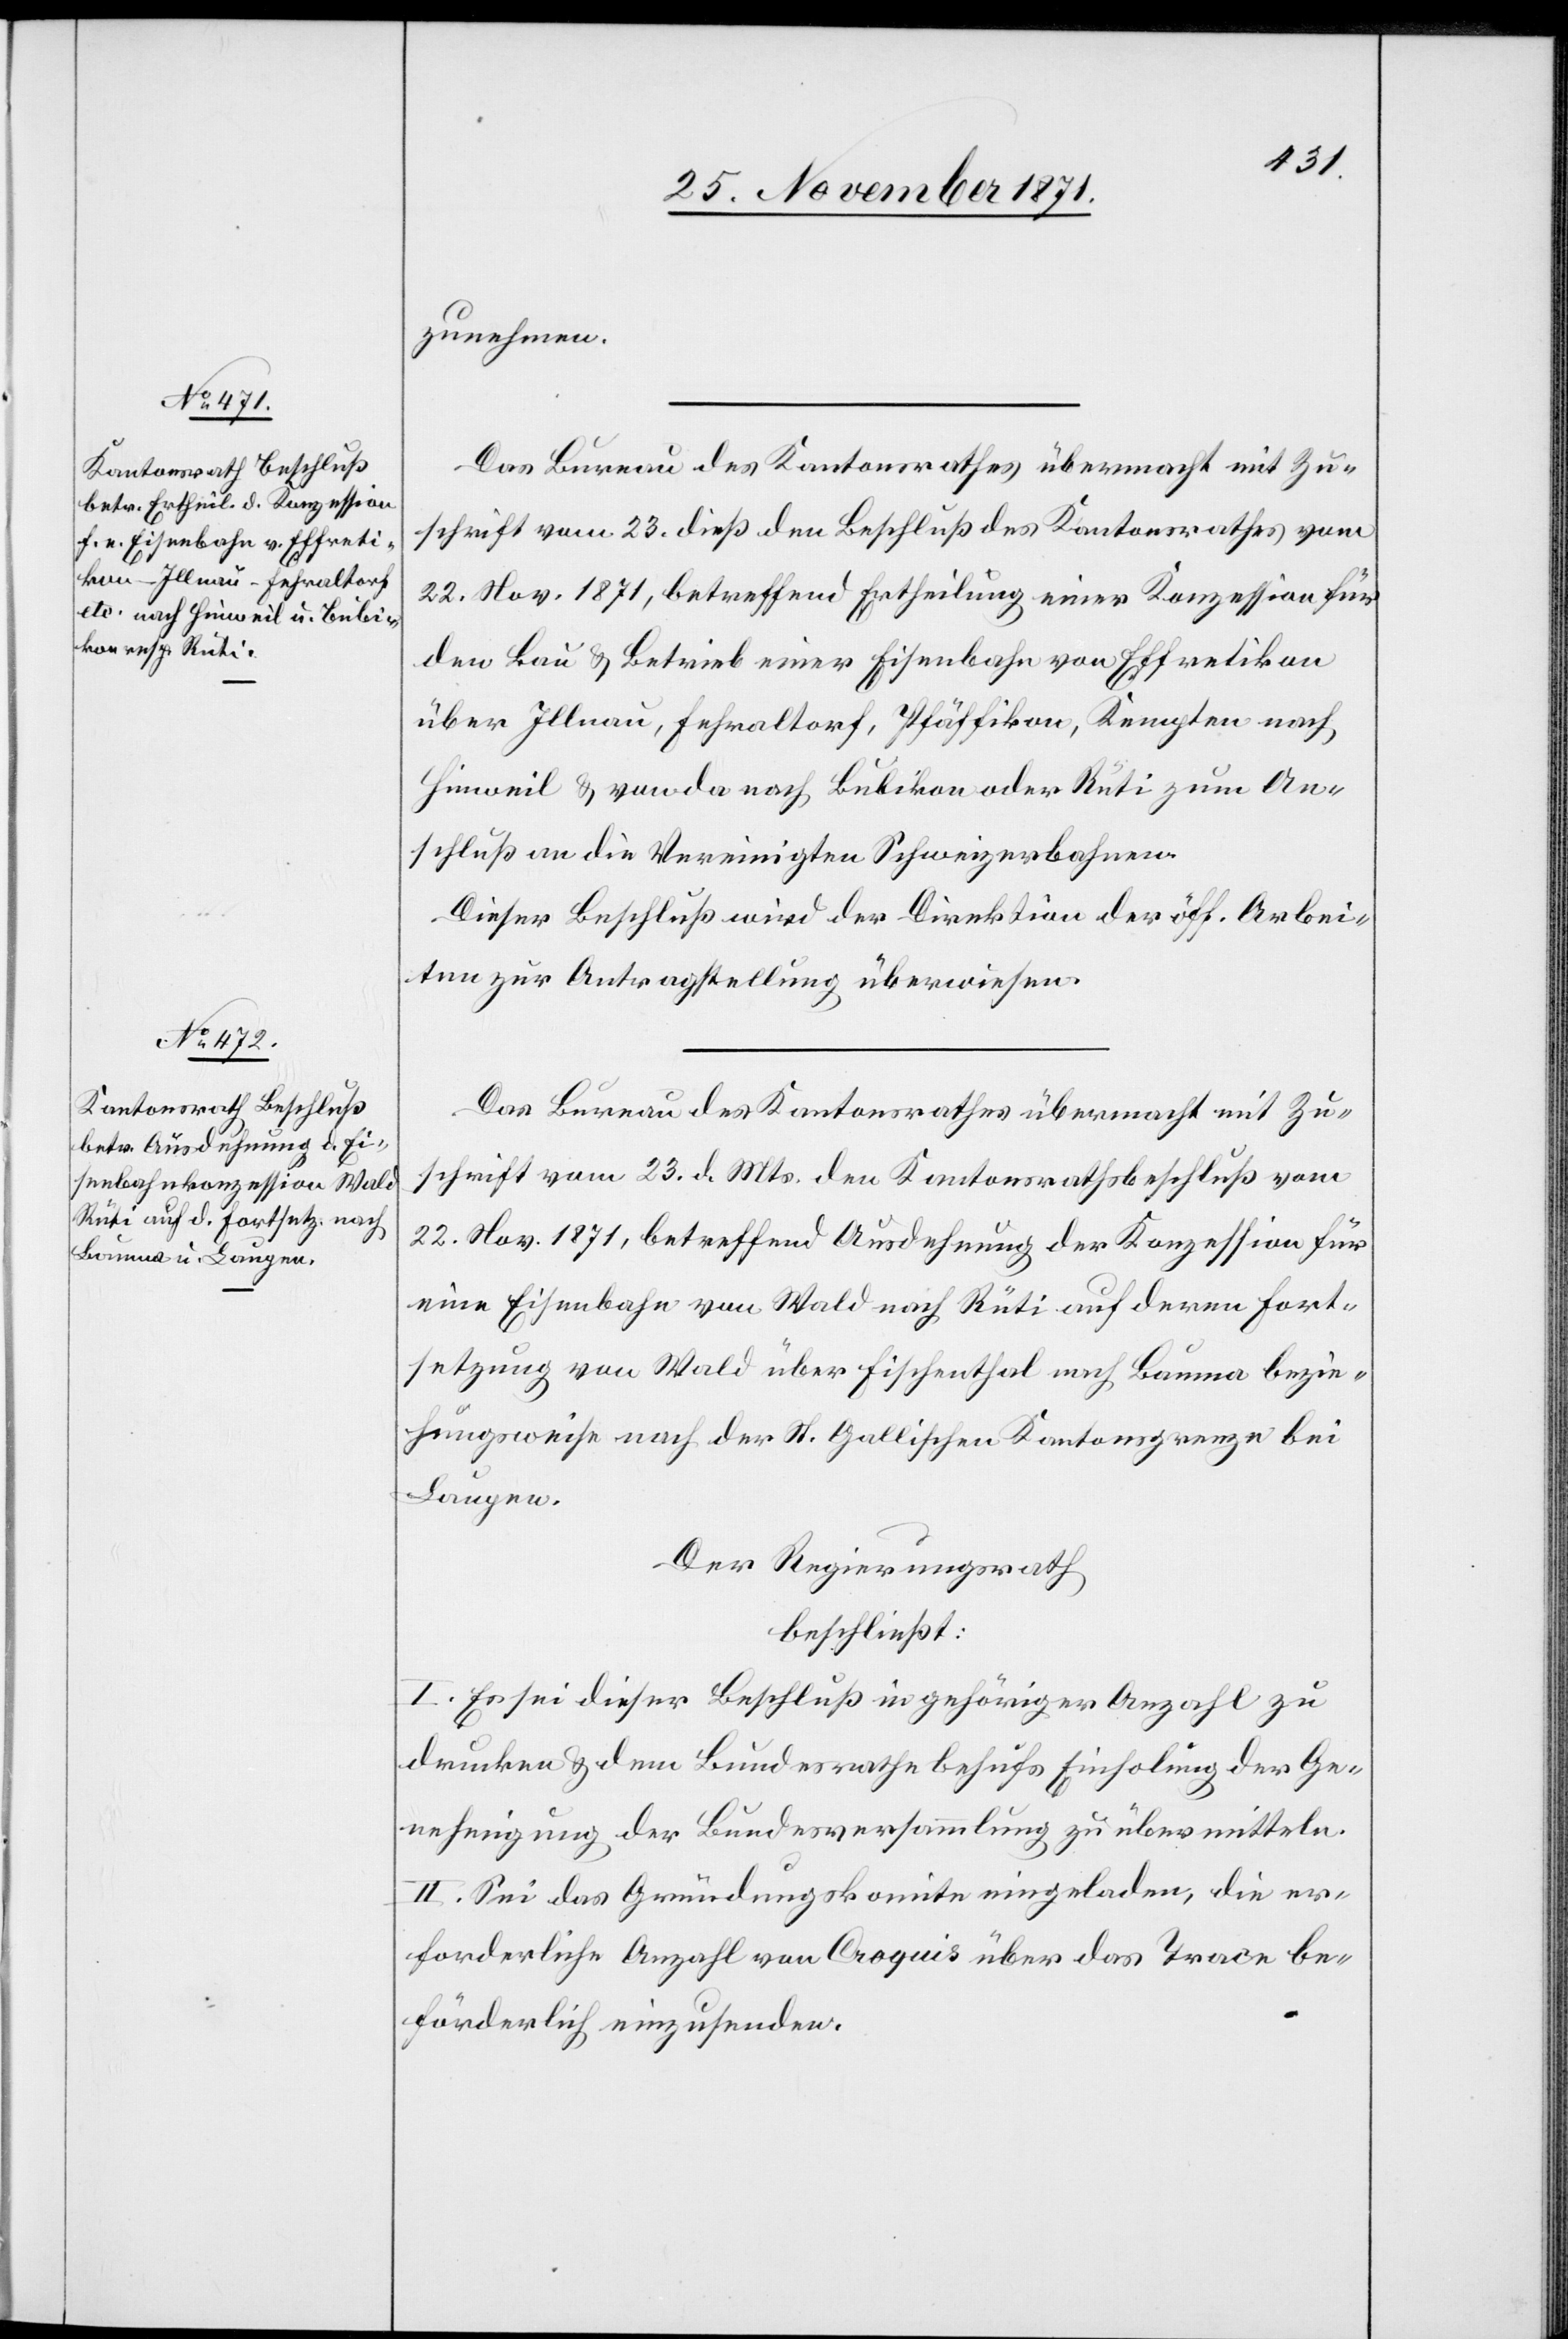
zunehmen.
Das Bureau des Kantonsrathes übermacht mit Zu¬
schrift vom 23. dieß den Beschluß des Kantonsrathes vom
22. Nov. 1871, betreffend Ertheilung einer Konzession für
den Bau & Betrieb einer Eisenbahn von Effretikon
über Illnau, Fehraltorf, Pfäffikon, Kempten nach
Hinweil & von da nach Bubikon oder Rüti zum An¬
schluß an die Vereinigten Schweizerbahnen.
Dieser Beschluß wird der Direktion der öff. Arbei¬
ten zur Antragstellung überwiesen.
Das Bureau des Kantonsrathes übermacht mit Zu¬
schrift vom 23. d. Mts. den Kantonsrathsbeschluß vom
22. Nov. 1871, betreffend Ausdehnung der Konzession für
eine Eisenbahn von Wald nach Rüti auf deren Fort¬
setzung von Wald über Fischenthal nach Bauma bezie¬
hungsweise nach der St. Gallischen Kantonsgrenze bei
Laupen.
Der Regierungsrath
beschließt:
I. Es sei dieser Beschluß in gehöriger Anzahl zu
drucken & dem Bundesrathe behufs Einholung der Ge¬
nehmigung der Bundesversammlung zu übermitteln.
II. Sei das Gründungskomite eingeladen, die er¬
forderliche Anzahl von Croquis über das Trace be¬
förderlich einzusenden.